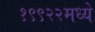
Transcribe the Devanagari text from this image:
१९९२२मध्ये